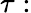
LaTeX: \tau: